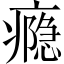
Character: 瘾